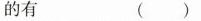
的有 ()